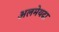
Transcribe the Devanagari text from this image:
अलमेयदा